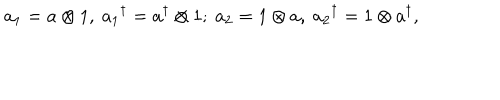
a _ { 1 } = a \otimes 1 , \ { a _ { 1 } } ^ { \dagger } = a ^ { \dagger } \otimes 1 ; \ a _ { 2 } = 1 \otimes a , \ { a _ { 2 } } ^ { \dagger } = 1 \otimes a ^ { \dagger } ,